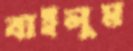
বাইলুম